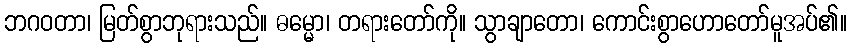
ဘဂဝတာ၊ မြတ်စွာဘုရားသည်။ ဓမ္မော၊ တရားတော်ကို။ သွာချာတော၊ ကောင်းစွာဟောတော်မူအပ်၏။